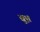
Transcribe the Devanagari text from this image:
खु़श